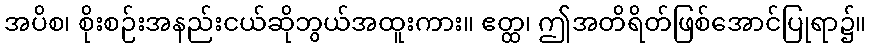
အပိစ၊ စိုးစဉ်းအနည်းငယ်ဆိုဘွယ်အထူးကား။ ဧတ္ထ၊ ဤအတိရိတ်ဖြစ်အောင်ပြုရာ၌။